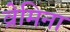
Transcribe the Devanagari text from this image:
व्रेमिना